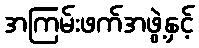
အကြမ်းဖက်အဖွဲ့နှင့်